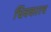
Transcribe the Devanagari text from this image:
धिक्कारच